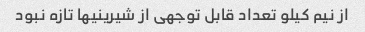
از نیم کیلو تعداد قابل توجهی از شیرینیها تازه نبود